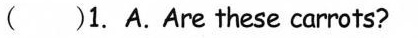
( )1. A.Are these carrots?